Reports on military cantonments and civil stations in the Presidency of Bombay inspected by the Sanitary Commissioner in the years 1875 and 1876
Year: 1875
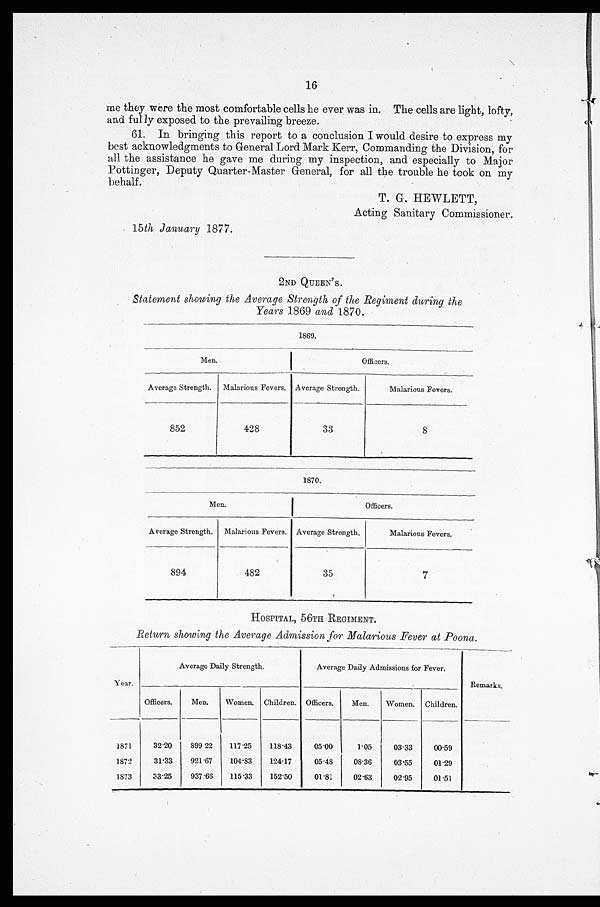
16
me they were the most comfortable cells he ever was in. The cells are light, lofty,
and fully exposed to the prevailing breeze.
61. In bringing this report to a conclusion I would desire to express my
best acknowledgments to General Lord Mark Kerr, Commanding the Division, for
all the assistance he gave me during my inspection, and especially to Major
Pottinger, Deputy Quarter-Master General, for all the trouble he took on my
behalf.
T. G. HEWLETT,
Acting Sanitary Commissioner.
15 th January 1877.
2ND QUEEN'S.
Statement showing the Average Strength of the Regiment during the
Years 1869 and 1870.
1869.
Men.
Officers.
Average Strength. Malarious Fevers. Average Strength.
Malarious Fevers.
852
428
33
8
1870.
Men.
Officers.
Average Strength. Malarious Fevers. A v e r a g e S t r e n g t h .
Malarious Fevers.
894
482
35
7
HOSPITAL, 56TH REGIMENT.
Return showing the Average Admission for Malarious Fever at Poona.
Y e a r .
Average Daily Strength.
Average Daily Admissions for Fever.
Remarks.
Officers.
Men.
Women. Children. Officers.
Men.
Women. Children.
1871
32.20
899.22
117.25
1 1 8 . 4 3
05.00
1.05
03.33
00.59
1872
3 1 . 3 3
921.67
104.83
124.17
05.48
08.36
03.55
01.29
1873
33.25
937.66
115.33
1 5 2 . 5 0
01.81
02.63
02.95
01.51